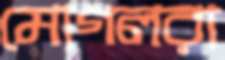
মোগলরা